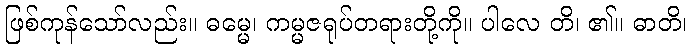
ဖြစ်ကုန်သော်လည်း။ ဓမ္မေ၊ ကမ္မဇရုပ်တရားတို့ကို။ ပါလေ တိ၊ ၏။ ဓာတိ၊